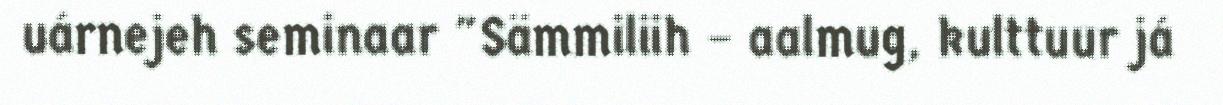
uárnejeh seminaar "Sämmiliih – aalmug, kulttuur já